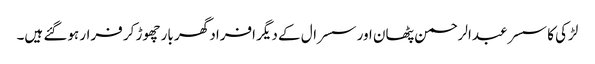
لڑکی کا سسر عبدالرحمن پٹھان اور سسرال کے دیگر افراد گھر بار چھوڑ کر فرار ہوگئے ہیں۔